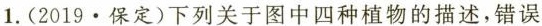
1.(2019·保定)下列关于图中四种植物的描述，错误